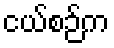
ငယ်စဉ်က